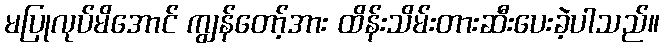
မပြုလုပ်မိအောင် ကျွန်တော့်အား ထိန်းသိမ်းတားဆီးပေးခဲ့ပါသည်။